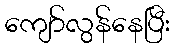
ကျော်လွန်နေပြီး